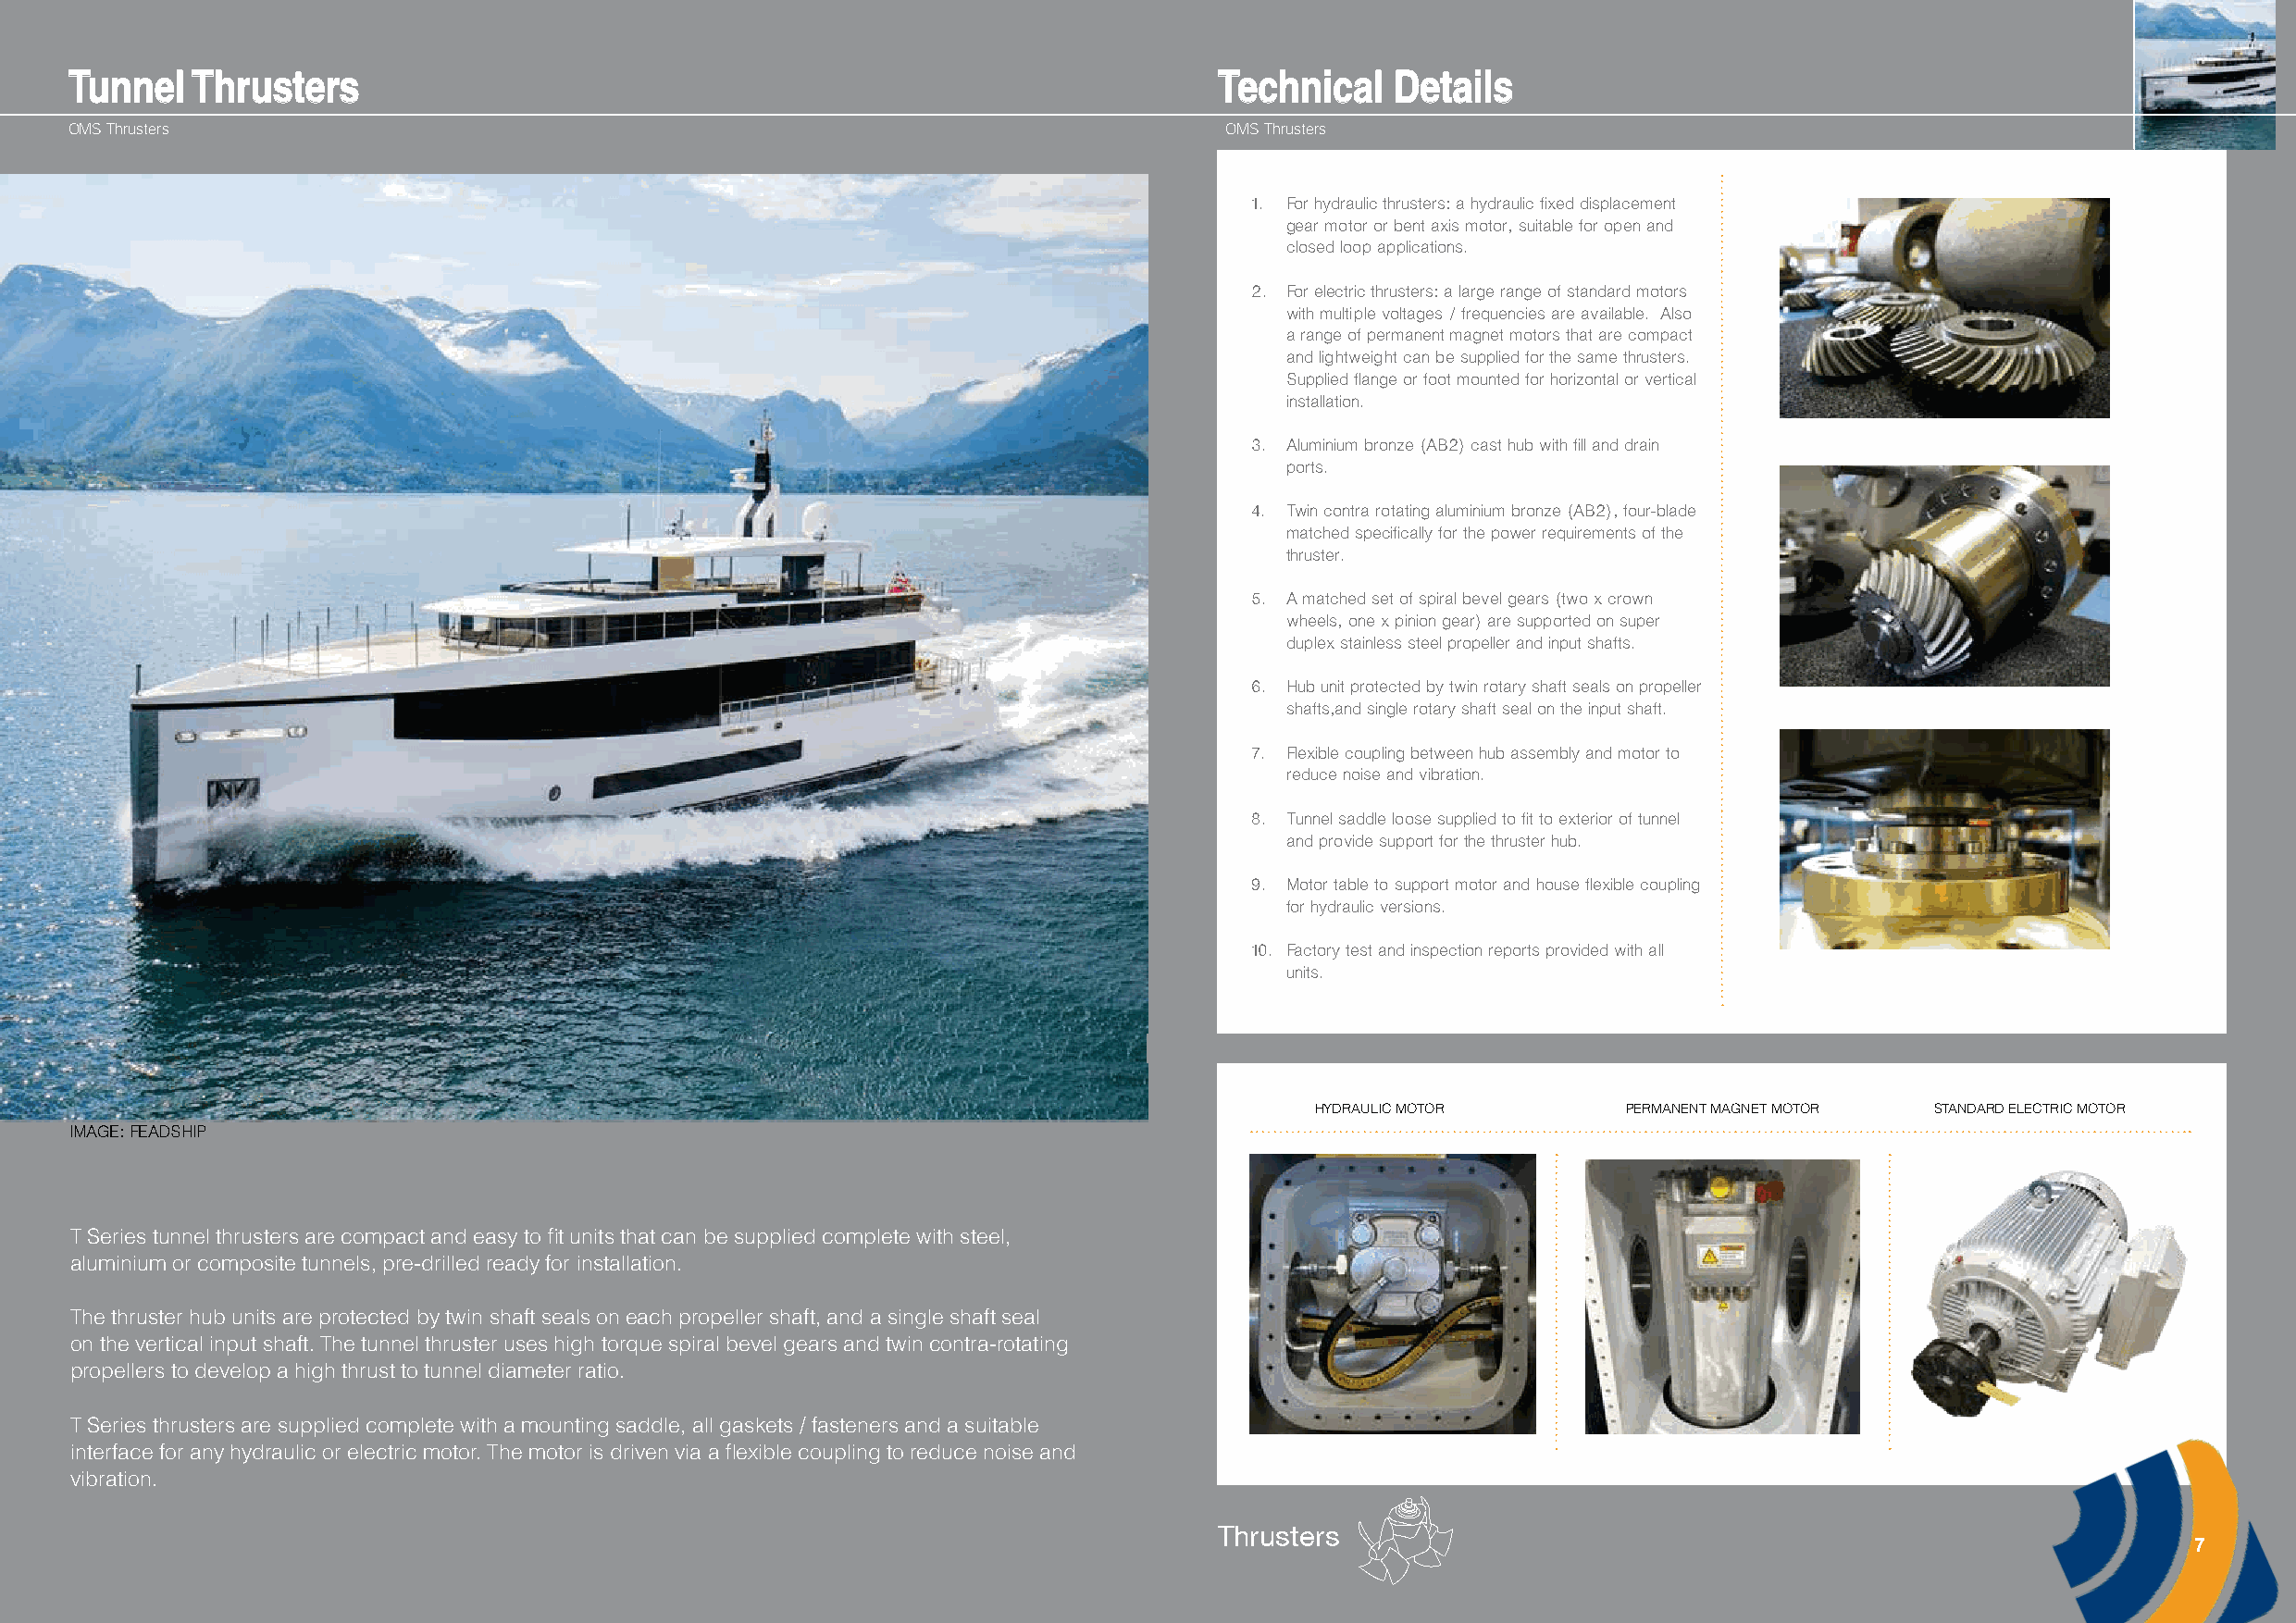
TTuunnnneell TThhrruusstteerrss                                                   TTeecchhnniiccaall DDeettaaiillss
 OMS Thrusters                                                                      OMS Thrusters
 1. For hydraulic thrusters: a hydraulic fixed displacement
 gear motor or bent axis motor , suitable for open and
 closed loop applications.
 2. For electric thrusters: a large range of standard motors
 with multiple voltages / frequencies are available. Also
 a range of permanent magnet motors that are compact
 and lightweight can be supplied for the same thrusters.
 Supplied flange or foot mounted for horizontal or vertical
 installation.
 3. Aluminium bronze (AB2) cast hub with fill and drain
 ports.
 4. Twin contra rotating aluminium bronze (AB2) , four-blade
 matched specifically for the power requirements of the
 thruster.
 5. A matched set of spiral bevel gears (two x crown
 wheels , one x pinion gear) are supported on super
 duplex stainless steel propeller and input shafts.
 6. Hub unit protected by twin rotary shaft seals on propeller
 shafts ,and single rotary shaft seal on the input shaft.
 7. Flexible coupling between hub assembly and motor to
 reduce noise and vibration.
 8. Tunnel saddle loose supplied to fit to exterior of tunnel
 and provide support for the thruster hub.
 9. Motor table to support motor and house flexible coupling
 for hydraulic versions.
 10. Factory test and inspection reports provided with all
 units.
 HYDRAULIC MOTOR       PERMANENT MAGNET MOTOR STANDARD ELECTRIC MOTOR
 IMAGE: FEADSHIP
 T Series tunnel thrusters are compact and easy to fit units that can be supplied complete with steel,
 aluminium or composite tunnels, pre-drilled ready for installation.
 The thruster hub units are protected by twin shaft seals on each propeller shaft, and a single shaft seal
 on the vertical input shaft. The tunnel thruster uses high torque spiral bevel gears and twin contra-rotating
 propellers to develop a high thrust to tunnel diameter ratio.
 T Series thrusters are supplied complete with a mounting saddle, all gaskets / fasteners and a suitable
 interface for any hydraulic or electric motor. The motor is driven via a flexible coupling to reduce noise and
 vibration.
 Thrusters
 7